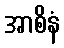
အာစိနံ